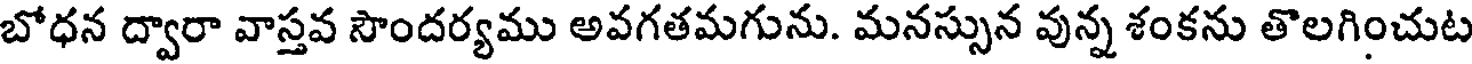
బోధన ద్వారా వాస్తవ సౌందర్యము అవగతమగును. మనస్సున వున్న శంకను తొలగించుట